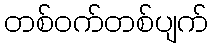
တစ်ဝက်တစ်ပျက်